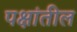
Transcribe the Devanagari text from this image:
पक्षांतील